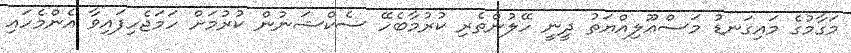
މަގާމުގެ މައިގަނޑު މަސްޢޫލިއްޔަތު ދީނީ ހޭލުންތެރި ކުރުމާބެހޭ ސެކްޝަނުން ކުރުމަށް ހަމަޖެހިފައިވާ އެންމެހައި